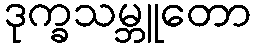
ဒုက္ခသမ္ဘူတော